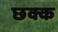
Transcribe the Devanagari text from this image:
छक्क